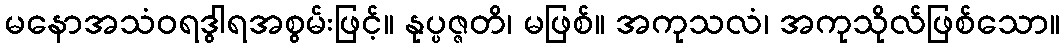
မနောအသံဝရဒွါရအစွမ်းဖြင့်။ နုပ္ပဇ္ဇတိ၊ မဖြစ်။ အကုသလံ၊ အကုသိုလ်ဖြစ်သော။